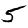
Digit: 5